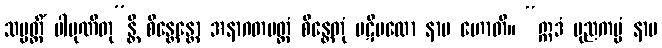
သမ္ပတ္တိံ ပါပုဏိတု”န္တိ စိန္တေန္တော အနာဂတမတ္ထံ စိန္တေတုံ ပဋိဗလော နာမ ဟောတိ။ “ဣဒံ ပုညကမ္မံ နာမ